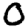
Digit: 0